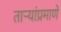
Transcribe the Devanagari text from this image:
ताऱ्यांप्रमाणे